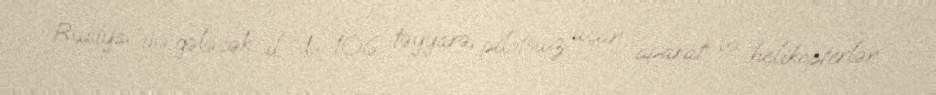
Rusiya isə gələcək il də 106 təyyarə, pilotsuz uçan aparat və helikopterlər